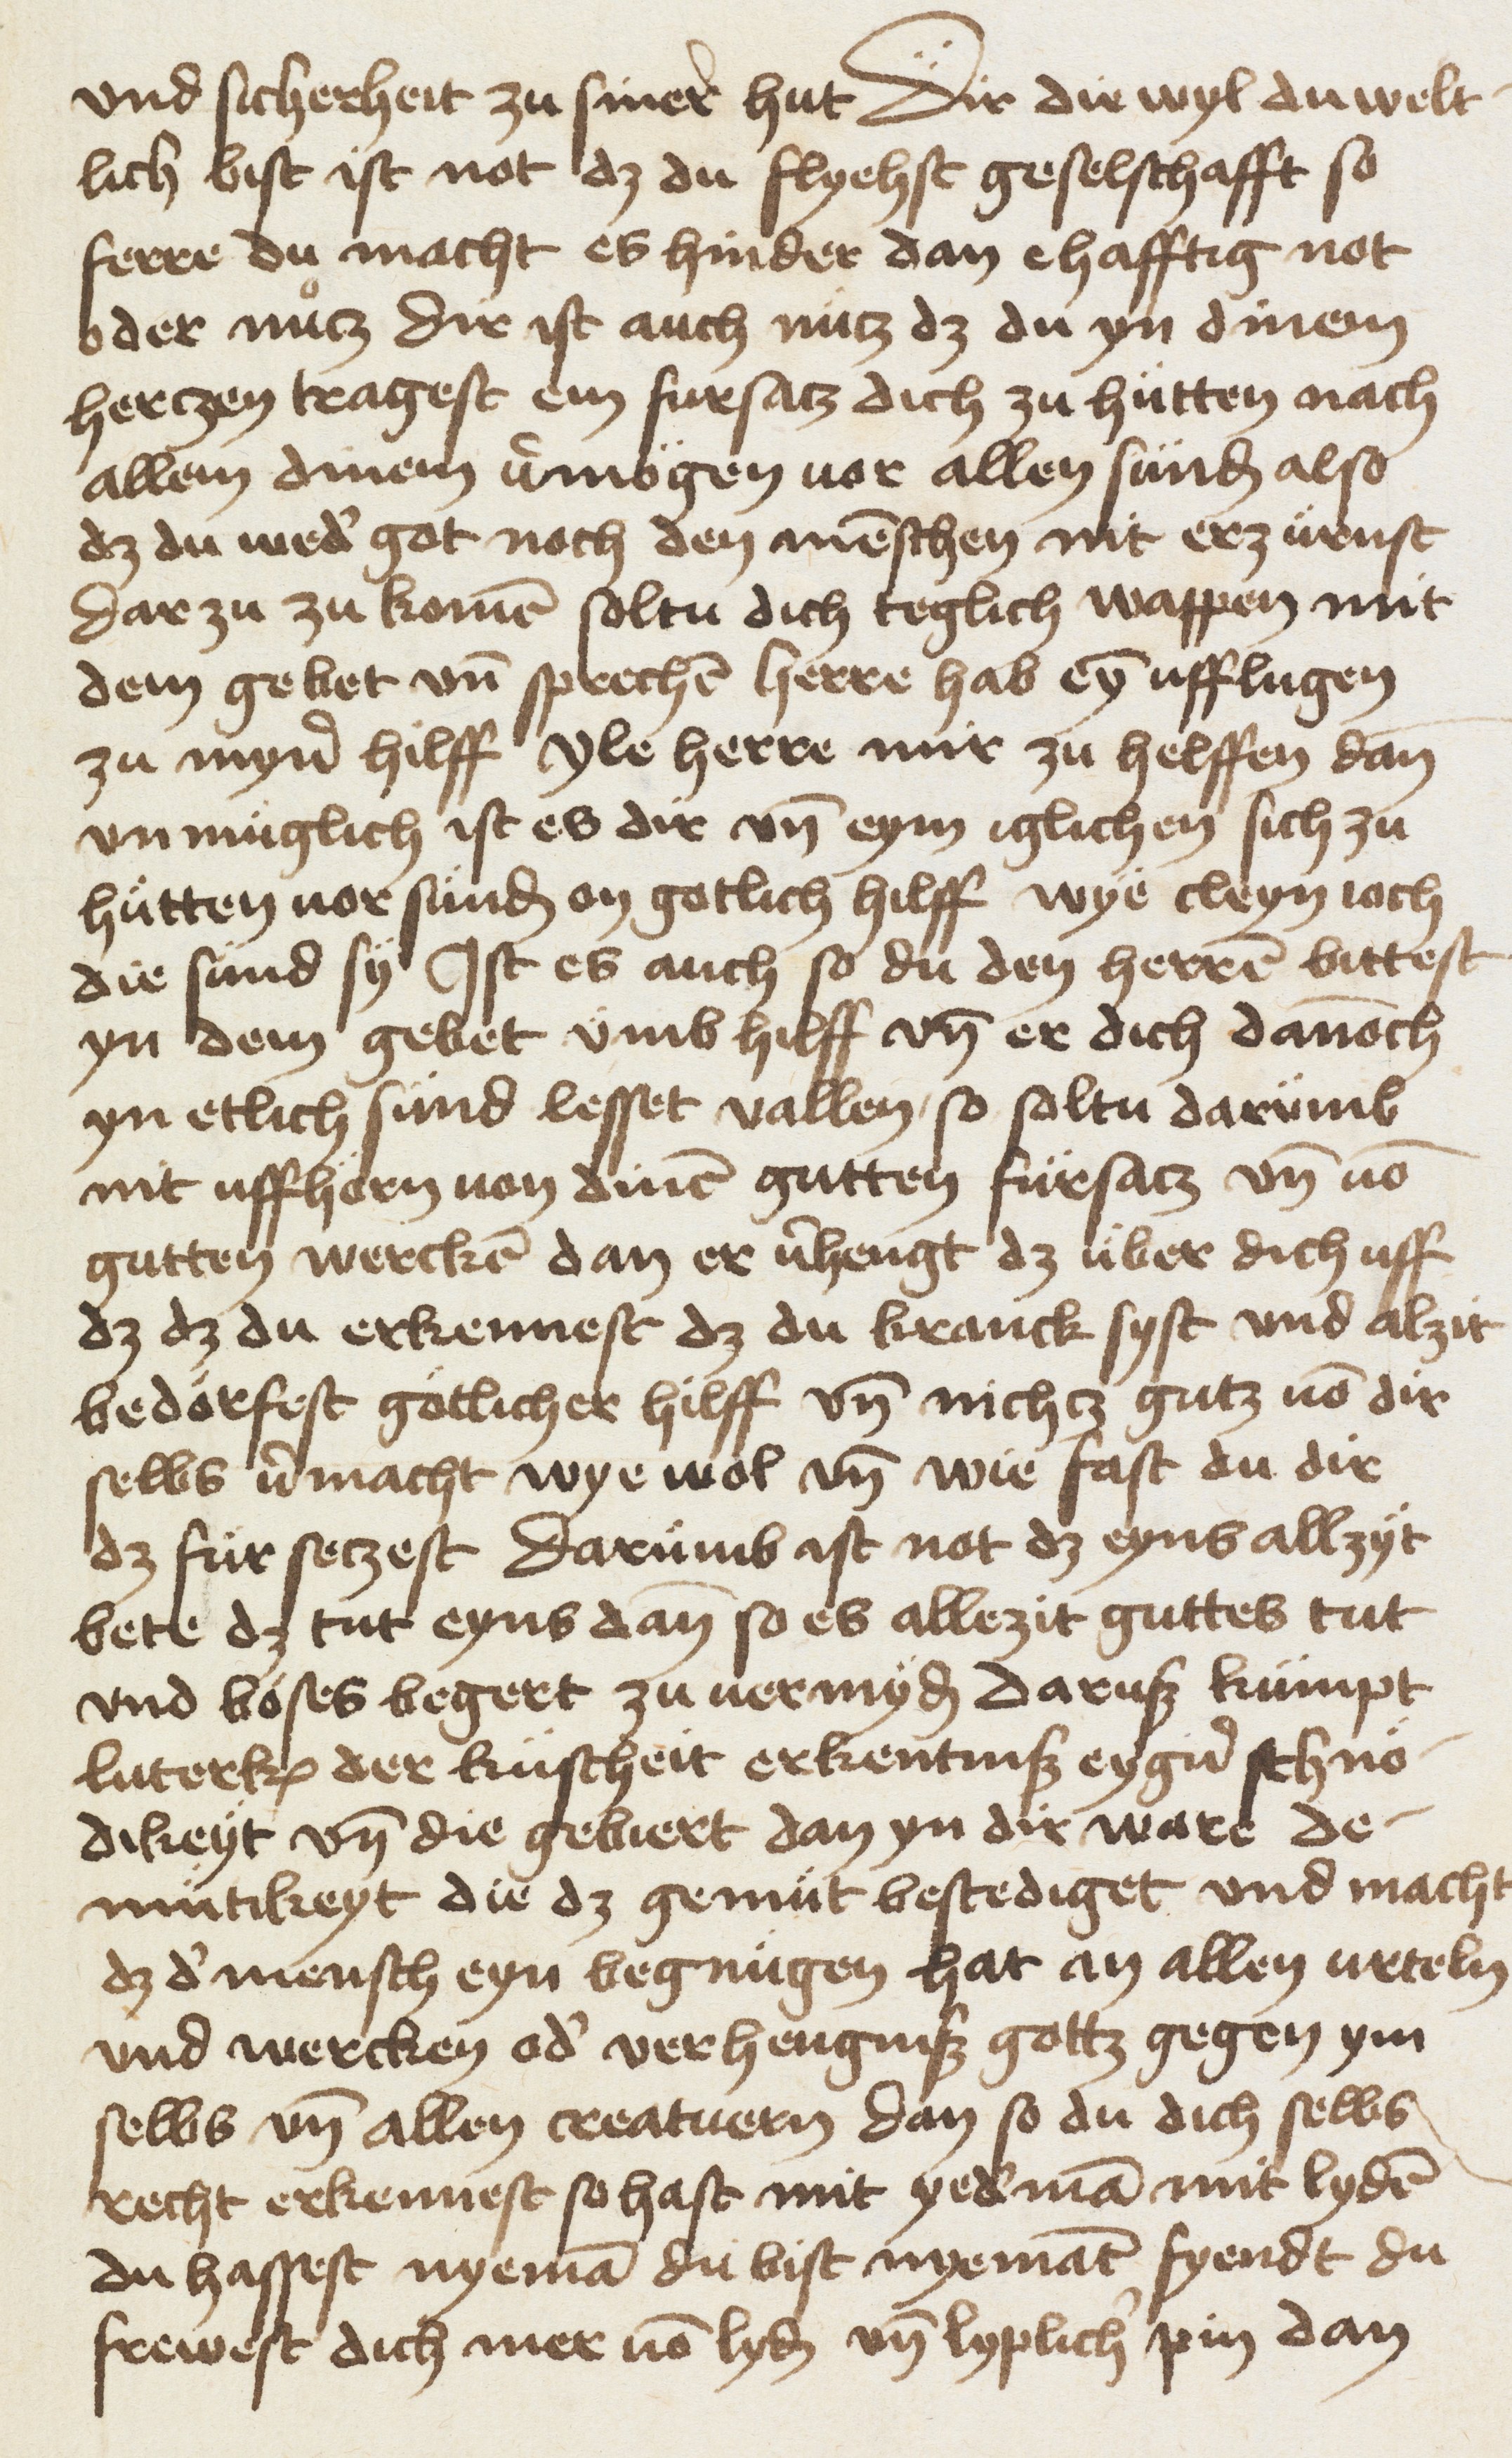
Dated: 1453–1453